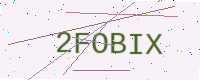
Text: 2FOBIX